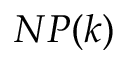
N P ( k )